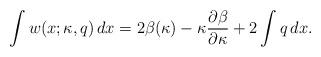
LaTeX: \begin{align*}\int w(x;\kappa, q) \,dx = 2\beta(\kappa) - \kappa\frac{\partial\beta}{\partial\kappa}+ 2\int q \,dx .\end{align*}